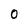
Character: O